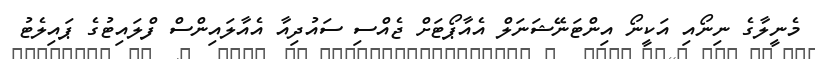
މެނީލާގެ ނިނޯއި އަކީނޯ އިންޓަނޭޝަނަލް އެއާޕޯޓަށް ޖެއްސި ސައުދިއާ އެއާލައިންސް ފްލައިޓުގެ ޕައިލެޓު